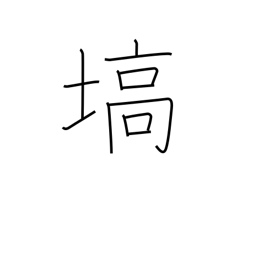
Meaning: projecting tableland or mountain